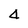
Character: 4